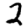
Digit: 2